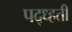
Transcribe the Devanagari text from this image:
पद्ध्हती